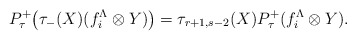
\begin{align*}P_\tau^+\big(\tau_-(X)(f^\Lambda_i \otimes Y)\big)=\tau_{r+1,s-2}(X)P_\tau^+(f^\Lambda_i\otimes Y).\end{align*}